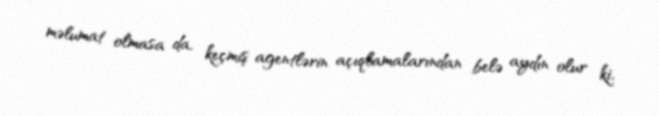
məlumat olmasa da, keçmiş agentlərin açıqlamalarından belə aydın olur ki,